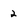
Character: 2